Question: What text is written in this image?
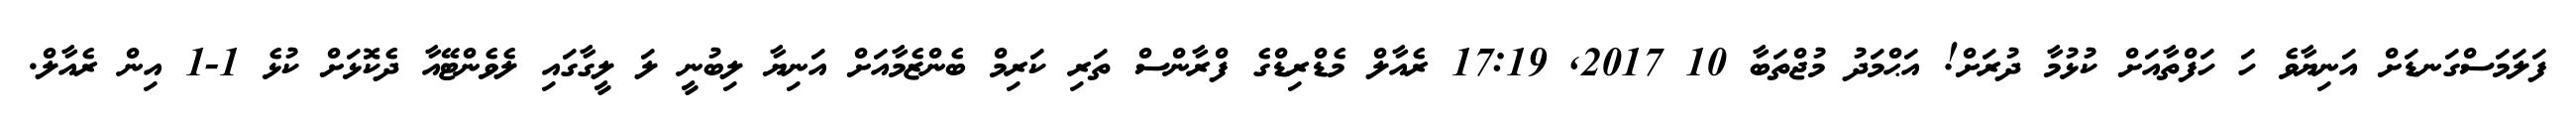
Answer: ފަލަމަސްގަނޑަށް އަނިޔާވެ ހަ ހަފްތާއަށް ކުޅުމާ ދުރަށް! އަޙްމަދު މުޖްތަބާ 10 2017, 17:19 ރެއާލް މެޑްރިޑްގެ ފްރާންސް ތަރި ކަރިމް ބެންޒެމާއަށް އަނިޔާ ލިބުނީ ލަ ލީގާގައި ލެވެންޓޭއާ ދެކޮޅަށް ކުޅެ 1-1 އިން ރެއާލް.